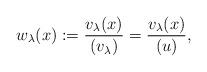
LaTeX: \begin{align*}w_{\lambda}(x):= \frac{v_{\lambda}(x)}{(v_{\lambda})}= \frac{v_{\lambda}(x)}{(u)},\end{align*}